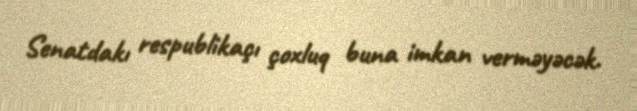
Senatdakı respublikaçı çoxluq buna imkan verməyəcək.